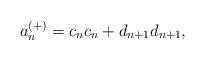
LaTeX: \begin{align*}a_{n}^{\left( +\right) }=c_{n}c_{n}+d_{n+1}d_{n+1}, \end{align*}